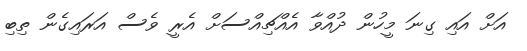
އަށް އައި ގިނަ މީހުން ދުއްވާ އެއްޗިއްސަށް އެރީ ވެސް އަރައިގެން ތިބި